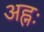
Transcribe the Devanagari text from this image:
अह्नः